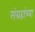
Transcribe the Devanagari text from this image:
संग्रहांच्या